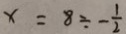
x = 8 \div - \frac { 1 } { 2 }